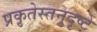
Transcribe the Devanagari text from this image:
प्रकृतेस्तनुदृष्टे